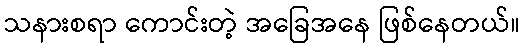
သနားစရာ ကောင်းတဲ့ အခြေအနေ ဖြစ်နေတယ်။